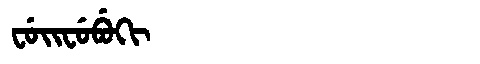
Manchu: ᠸᡠᡳᠸᡠᠪᡠᡴᡳ
Romanization: FUIFUBUKI